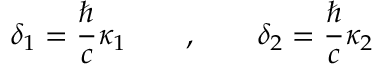
\delta _ { 1 } = \frac \hbar c \kappa _ { 1 } \qquad , \qquad \delta _ { 2 } = \frac \hbar c \kappa _ { 2 }